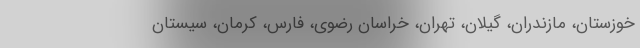
خوزستان، مازندران، گیلان، تهران، خراسان رضوی، فارس، کرمان، سیستان